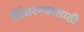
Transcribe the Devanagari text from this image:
विंचरण्यासाठी